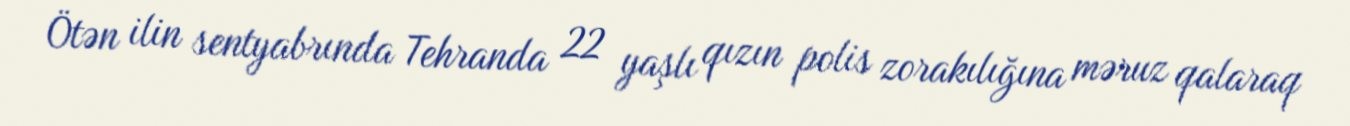
Ötən ilin sentyabrında Tehranda 22 yaşlı qızın polis zorakılığına məruz qalaraq